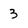
Character: 3